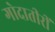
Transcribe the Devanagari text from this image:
गोदातीरीं